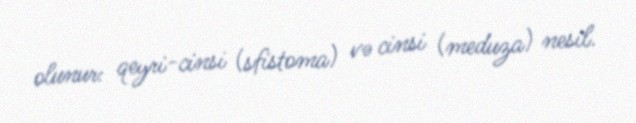
olunur: qeyri-cinsi (sfistoma) və cinsi (meduza) nesil.